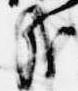
哉